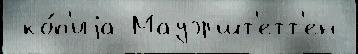
 ко́п'иjа Мауэршт'етт'ен